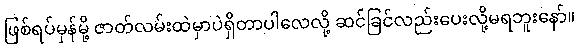
ဖြစ်ရပ်မှန်မို့ ဇာတ်လမ်းထဲမှာပဲရှိတာပါလေလို့ ဆင်ခြင်လည်းပေးလို့မရဘူးနော်။